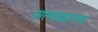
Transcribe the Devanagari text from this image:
अल्पकाल्प